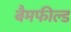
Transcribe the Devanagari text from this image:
बैमफील्ड